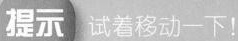
提示 试着移动一下！